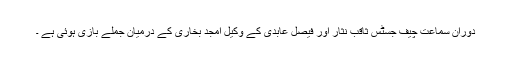
دوران سماعت چیف جسٹس ثاقب نثار اور فیصل عابدی کے وکیل امجد بخاری کے درمیان جملے بازی ہوئی ہے ۔